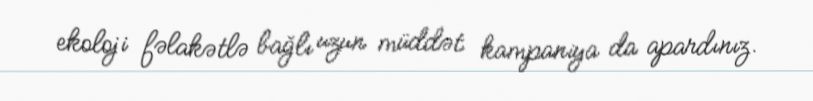
ekoloji fəlakətlə bağlı uzun müddət kampaniya da apardınız.